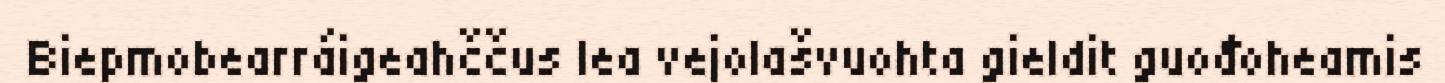
Biepmobearráigeahččus lea vejolašvuohta gieldit guođoheamis